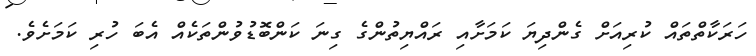
ހަރަކާތްތައް ކުރިއަށް ގެންދިޔަ ކަމަށާއި ރައްޔިތުންގެ ގިނަ ކަންބޮޑުވުންތަކެއް އެބަ ހުރި ކަމަށެވެ.